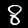
Label: 8